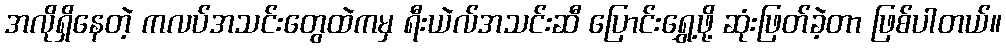
အလိုရှိနေတဲ့ ကလပ်အသင်းတွေထဲကမှ ရီးယဲလ်အသင်းဆီ ပြောင်းရွှေ့ဖို့ ဆုံးဖြတ်ခဲ့တာ ဖြစ်ပါတယ်။